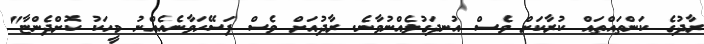
ރާދުގެ ކަންތައްތައް ކުރާކަށް ވެސް އުނދަގުލެއްނުވާނެ. ރާދުއަށް ވެސް ފަސޭހަވާނެއެއްނު މީހަކު ކޮށްދެންޏާ"